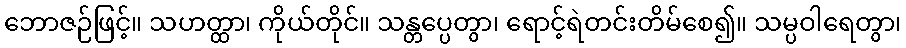
ဘောဇဉ်ဖြင့်။ သဟတ္ထာ၊ ကိုယ်တိုင်။ သန္တပ္ပေတွာ၊ ရောင့်ရဲတင်းတိမ်စေ၍။ သမ္ပဝါရေတွာ၊